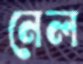
নেল